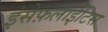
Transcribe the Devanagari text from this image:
इंसेफ़लाईटिस